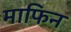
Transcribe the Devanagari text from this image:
माफिन